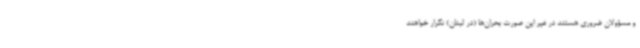
و مسؤولان ضروری هستند در غیر این صورت بحران‌ها (در لبنان) تکرار خواهند